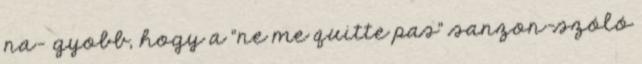
na- gyobb, hogy a "ne me quitte pas" sanzon-szóló